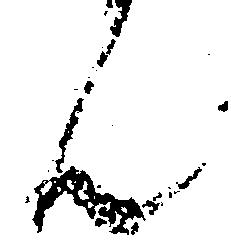
ん